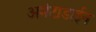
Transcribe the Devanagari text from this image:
अमंटाडाईन